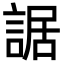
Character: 䛯